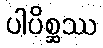
ပါပိစ္ဆဿ